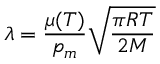
\lambda = \frac { \mu ( T ) } { p _ { m } } \sqrt { \frac { \pi R T } { 2 M } }